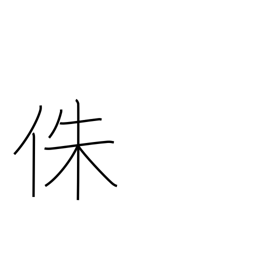
Meaning: supporting post